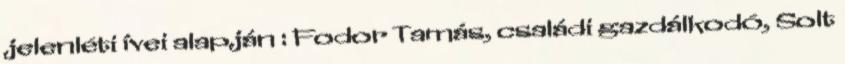
jelenléti ívei alapján : Fodor Tamás, családi gazdálkodó, Solt